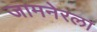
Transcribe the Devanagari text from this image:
जामनेरला